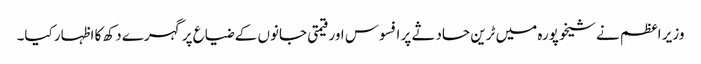
وزیر اعظم نے شیخوپورہ میں ٹرین حادثے پر افسوس اور قیمتی جانوں کے ضیاع پر گہرے دکھ کا اظہار کیا۔